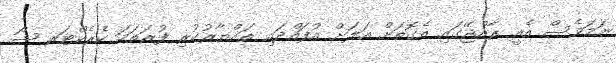
ނަމަވެސް އެއީ ރާއްޖޭގައި އެގޮތަށް އަލަށް އުފައްދައި ތައްޔާރުކުރި ފުރަތަމަ ކެެރެކްޓަރ ޝޯ